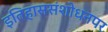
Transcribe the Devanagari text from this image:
इतिहाससंशोधनपर